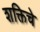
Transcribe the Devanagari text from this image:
शक्तिचे